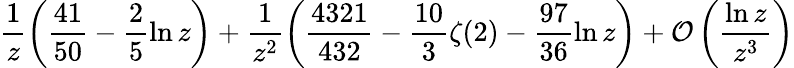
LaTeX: \frac{1}{z}\left(\frac{41}{50}-\frac{2}{5}\ln z\right)+\frac{1}{z^{2}}\left(\frac{4321}{432}-\frac{10}{3}\zeta(2)-\frac{97}{36}\ln z\right)+{\cal O}\left(\frac{\ln z}{z^{3}}\right)